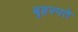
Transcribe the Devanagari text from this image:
बृहस्पते